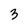
Character: 3